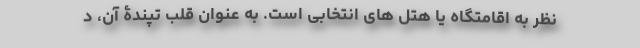
نظر به اقامتگاه یا هتل ‌های انتخابی است. به عنوان قلب تپندۀ آن، د